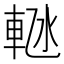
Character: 𬧴